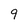
Character: 9